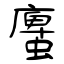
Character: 螷